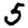
Digit: 5